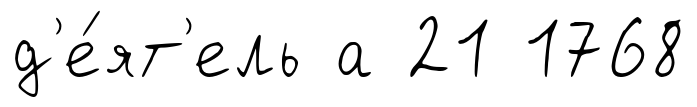
д'е́ят'ель а 21 1768